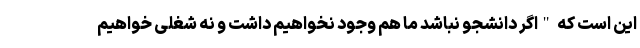
این است که "اگر دانشجو نباشد ما هم وجود نخواهیم داشت و نه شغلی خواهیم